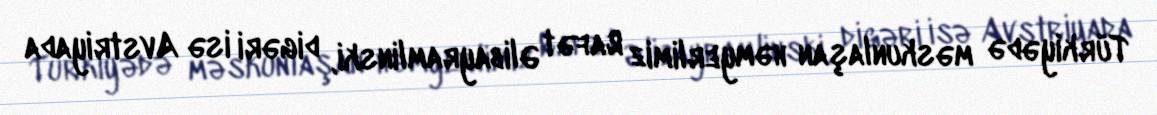
Türkiyədə məskunlaşan həmyerlimiz Rafət Əlibayramlinski, digəri isə Avstriyada